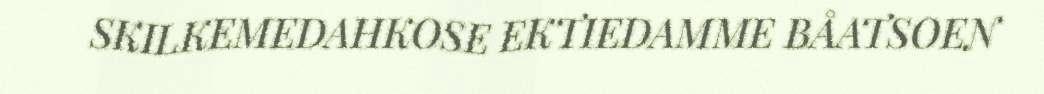
SKILKEMEDAHKOSE EKTIEDAMME BÅATSOEN